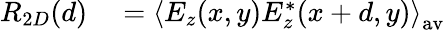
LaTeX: \begin{array}{rl}{R_{2D}(d)}&{{}=\left\langle E_{z}(x,y)E_{z}^{*}(x+d,y)\right\rangle_{\mathrm{{av}}}}\end{array}